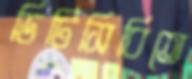
ডিটিসিবিতে